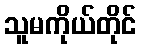
သူမကိုယ်တိုင်